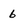
Character: 6